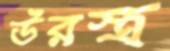
উরস্ত্র